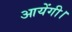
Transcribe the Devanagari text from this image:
आयेंगी।